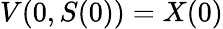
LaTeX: V(0,S(0))=X(0)